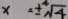
x = \pm \sqrt [ 4 ] { 4 }